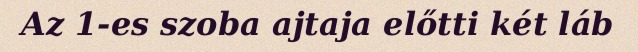
Az 1-es szoba ajtaja előtti két láb